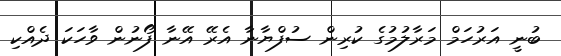
ބުނީ އަރުހަމް މަރާލުމުގެ ކުރިން ސުފްޔާނާ އެރޭ އޭނާ ފޯނުން ވާހަކަ ދެއްކި